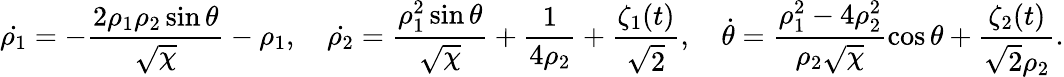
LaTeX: \dot{\rho_{1}}=-\frac{2\rho_{1}\rho_{2}\sin\theta}{\sqrt{\chi}}-\rho_{1},\quad\dot{\rho_{2}}=\frac{\rho_{1}^{2}\sin\theta}{\sqrt{\chi}}+\frac{1}{4\rho_{2}}+\frac{\zeta_{1}(t)}{\sqrt{2}},\quad\dot{\theta}=\frac{\rho_{1}^{2}-4\rho_{2}^{2}}{\rho_{2}\sqrt{\chi}}\cos\theta+\frac{\zeta_{2}(t)}{\sqrt{2}\rho_{2}}.